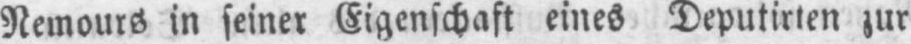
Nemours in seiner Eigenschaft eines Deputirten zur